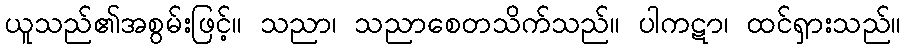
ယူသည်၏အစွမ်းဖြင့်။ သညာ၊ သညာစေတသိက်သည်။ ပါကဋာ၊ ထင်ရှားသည်။